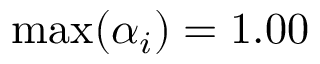
\operatorname* { m a x } ( \alpha _ { i } ) = 1 . 0 0